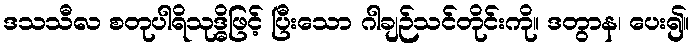
ဒသသီလ စတုပါရိသုဒ္ဓိဖြင့် ပြီးသော ဂါချဉ်သင်တိုင်းကို။ ဒတွာန၊ ပေး၍။